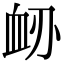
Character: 䘐